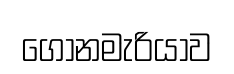
ගෝනමැරියාව